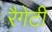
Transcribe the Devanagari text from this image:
रैगेटी